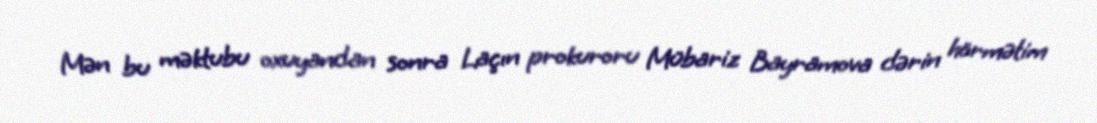
Mən bu məktubu oxuyandan sonra Laçın prokuroru Mübariz Bayramova dərin hörmətim